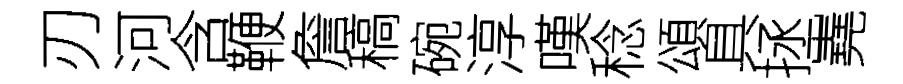
刃河含鞭詹稿碗淳嘆稔頌具拯嶤